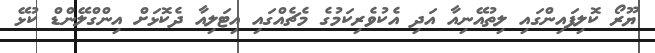
ޔޫރޯ ކޮލިފައިންގައި ލިތުއޭނިއާ އަދި އެކުވެރިކަމުގެ މެޗެއްގައި އިޓަލިއާ ދެކޮޅަށް އިންގްލޭންޑް ކުޅޭ